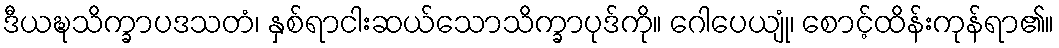
ဒီယဍ္ဎသိက္ခာပဒသတံ၊ နှစ်ရာငါးဆယ်သောသိက္ခာပုဒ်ကို။ ဂေါပေယျုံ၊ စောင့်ထိန်းကုန်ရာ၏။